Report of the Indian Hemp Drugs Commission, 1894-1895 - Volume VI
Year: 1894
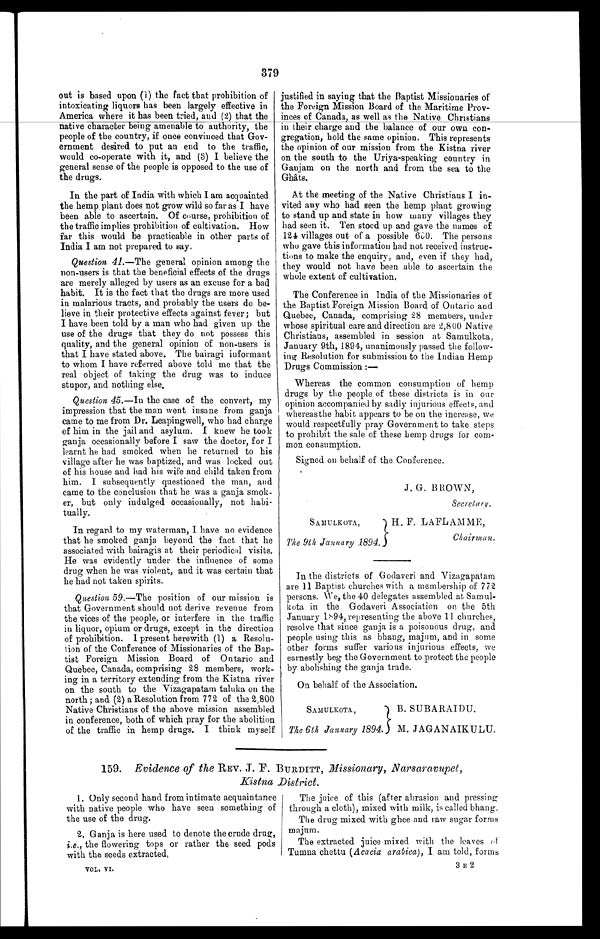
SAMULKOTA
,
The 9th January 1894.
J. G. BROWN,
Secretary.
H. F. LAFLAMME,
Chairman.
379
out is based upon (1) the fact that prohibition of
intoxicating liquors has been largely effective in
America where it has been tried, and (2) that the
native character being amenable to authority, the
people of the country, if once convinced that Gov-
ernment desired to put an end to the traffic,
would co-operate with it, and (3) I believe the
general sense of the people is opposed to the use of
the drugs.
In the part of India with which I am acquainted
the hemp plant does not grow wild so far as I have
been able to ascertain. Of course, prohibition of
the traffic implies prohibition of cultivation. How
far this would be practicable in other parts of
India I am not prepared to say.
Question 41.—The general opinion among the
non-users is that the beneficial effects of the drugs
are merely alleged by users as an excuse for a bad
habit. It is the fact that the drugs are more used
in malarious tracts, and probably the users do be-
lieve in their protective effects against fever; but
I have been told by a man who had given up the
use of the drugs that they do not possess this
quality, and the general opinion of non-users is
that I have stated above. The bairagi informant
to whom I have referred above told me that the
real object of taking the drug was to induce
stupor, and nothing else.
Question 45 .—In the case of the convert, my
impression that the man went insane from ganja
came to me from Dr. Leapingwell, who had charge
of him in the jail and asylum. I knew he took
ganja occasionally before I saw the doctor, for I
learnt he had smoked when he returned to his
village after he was baptized, and was locked out
of his house and had his wife and child taken from
him. I subsequently questioned the man, and
came to the conclusion that he was a ganja smok-
er, but only indulged occasionally, not habi-
tually.
In regard to my waterman, I have no evidence
that he smoked ganja beyond the fact that he
associated with bairagis at their periodical visits.
He was evidently under the influence of some
drug when he was violent, and it was certain that
he had not taken spirits.
Question 59 .—The position of our mission is
that Government should not derive revenue from
the vices of the people, or interfere in the traffic
in liquor, opium or drugs, except in the direction
of prohibition. I present herewith (1) a Resolu-
tion of the Conference of Missionaries of the Bap-
tist Foreign Mission Board of Ontario and
Quebec, Canada, comprising 28 members, work-
ing in a territory extending from the Kistna river
on the south to the Vizagapatam taluka on the
north; and (2) a Resolution from 772 of the 2,800
Native Christians of the above mission assembled
in conference, both of which pray for the abolition
of the traffic in hemp drugs. I think myself
justified in saying that the Baptist Missionaries of
the Foreign Mission Board of the Maritime Prov-
inces of Canada, as well as the Native Christians
in their charge and the balance of our own con-
gregation, hold the same opinion. This represents
the opinion of our mission from the Kistna river
on the south to the Uriya-speaking country in
Ganjam on the north and from the sea to the
Ghâts.
At the meeting of the Native Christians I in-
vited any who had seen the hemp plant growing
to stand up and state in how many villages they
had seen it. Ten stood up and gave the names of
124 villages out of a possible 600. The persons
who gave this information had not received instruc-
tions to make the enquiry, and, even if they had,
they would not have been able to ascertain the
whole extent of cultivation.
The Conference in India of the Missionaries of
the Baptist Foreign Mission Board of Ontario and
Quebec, Canada, comprising 28 members, under
whose spiritual care and direction are 2,800 Native
Christians, assembled in session at Samulkota,
January 9th, 1894, unanimously passed the follow-
ing Resolution for submission to the Indian Hemp
Drugs Commission:
—
Whereas the common consumption of hemp
drugs by the people of these districts is in our
opinion accompanied by sadly injurious effects, and
whereas the habit appears to be on the increase, we
would respectfully pray Government to take steps
to prohibit the sale of these hemp drugs for com-
mon consumption.
Signed on behalf of the Conference.
In the districts of Godaveri and Vizagapatam
are 11 Baptist churches with a membership of 772
persons. We, the 40 delegates assembled at Samul-
kota in the Godaveri Association on the 5th
January 1894, representing the above 11 churches,
resolve that since ganja is a poisonous drug, and
people using this as bhang, majum, and in some
other forms suffer various injurious effects, we
earnestly beg the Government to protect the people
by abolishing the ganja trade.
On behalf of the Association.
B. SUBARAIDU.
M. JAGANAIKULU.
SAMULKOTA
,
The 6th January 1894.
159. Evidence of the REV. J. F. BURDITT, Missionary, Narsaravupet,
Kistna District.
1. Only second hand from intimate acquaintance
with native people who have seen something of
the use of the drug.
2.
Ganja is here used to denote the crude drug,
i.e., the flowering tops or rather the seed pods
with the seeds extracted.
VOL. VI.
The juice of this (after abrasion and pressing
through a cloth), mixed with milk, is called bhang.
The drug mixed with ghee and raw sugar forms
majum.
The extracted juice mixed with the leaves of
Tumna chettu ( Acacia arabica ), I am told, forms
3 E 2